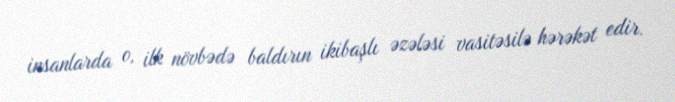
insanlarda o, ilk növbədə baldırın ikibaşlı əzələsi vasitəsilə hərəkət edir.